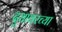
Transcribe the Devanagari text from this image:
दुधावरच्या